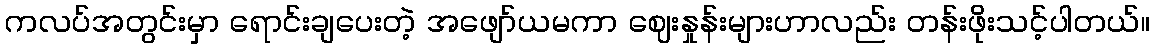
ကလပ်အတွင်းမှာ ရောင်းချပေးတဲ့ အဖျော်ယမကာ ဈေးနှုန်းများဟာလည်း တန်းဖိုးသင့်ပါတယ်။